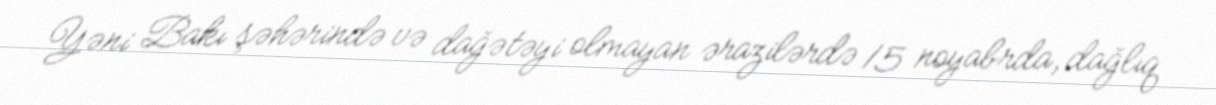
Yəni Bakı şəhərində və dağətəyi olmayan ərazilərdə 15 noyabrda, dağlıq